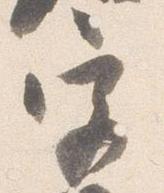
宮